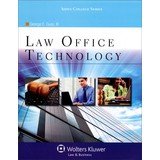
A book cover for Law Office Technology W Paralegal Law Practice Simulation Bundle ( Law Firm : Practice simulation for assistant solicitors ); George E. Guay; Law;